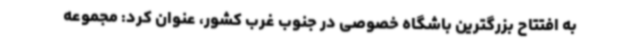
به افتتاح بزرگترین باشگاه خصوصی در جنوب غرب کشور، عنوان کرد: مجموعه